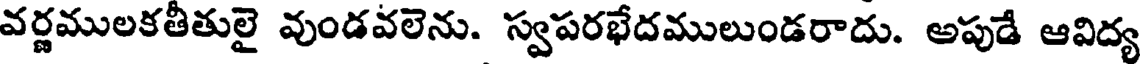
వర్ణములకతీతులై వుండవలెను. స్వపరభేదములుండరాదు. అపుడే ఆవిద్య